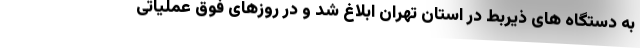
به دستگاه های ذیربط در استان تهران ابلاغ شد و در روزهای فوق عملیاتی